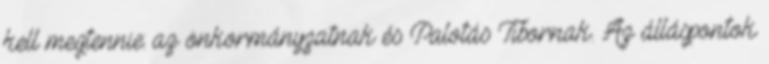
kell megtennie: az önkormányzatnak és Palotás Tibornak. Az álláspontok